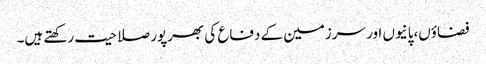
فضاؤں،پانیوں اور سرزمین کے دفاع کی بھرپور صلاحیت رکھتے ہیں۔